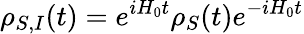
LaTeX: \rho_{S,I}(t)=e^{iH_{0}t}\rho_{S}(t)e^{-iH_{0}t}